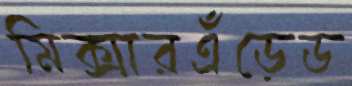
মিক্সারএঁড়েড